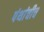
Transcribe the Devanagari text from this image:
पंथांचीच